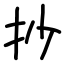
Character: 抄